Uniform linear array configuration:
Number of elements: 32
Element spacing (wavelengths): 1
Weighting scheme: hamming
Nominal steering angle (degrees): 0
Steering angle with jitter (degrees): -0.8474
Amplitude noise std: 0.05
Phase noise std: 0.05

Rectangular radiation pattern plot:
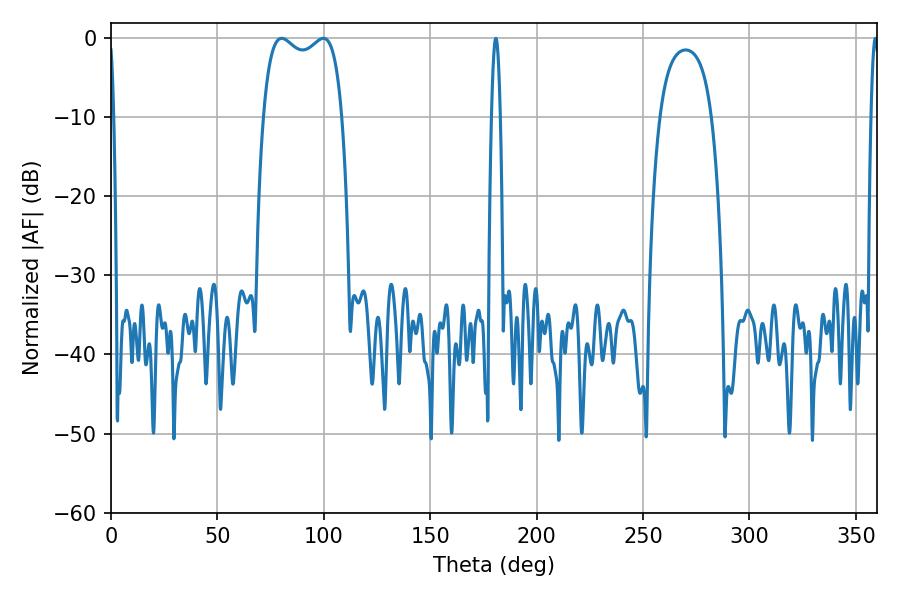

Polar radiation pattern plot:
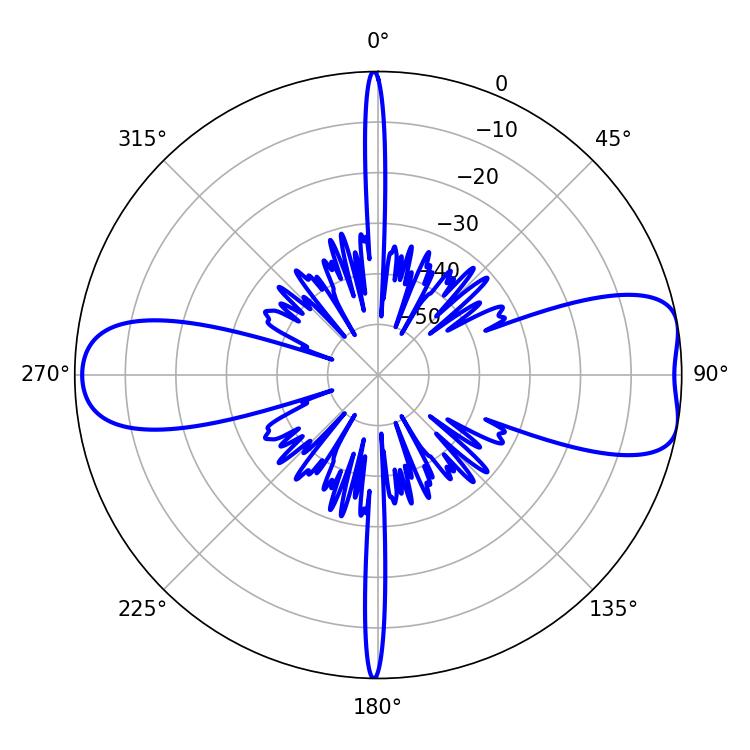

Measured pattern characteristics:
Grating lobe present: TRUE
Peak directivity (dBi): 8.734
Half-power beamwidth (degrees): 30.24
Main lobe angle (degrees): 80.1